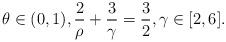
LaTeX: \begin{align*}\theta \in (0,1), \frac{2}{\rho}+\frac{3}{\gamma}=\frac{3}{2}, \gamma \in [2,6].\end{align*}